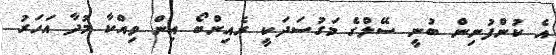
އެ ކުންފުނިން ބުނީ ސޭލްގެ މަގުސަދަކީ ރެއިންބޯ އިން ވިއްކާ މުދާ އަހަރު